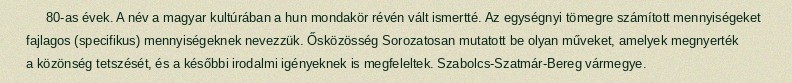
80-as évek. A név a magyar kultúrában a hun mondakör révén vált ismertté. Az egységnyi tömegre számított mennyiségeket fajlagos (specifikus) mennyiségeknek nevezzük. Ősközösség Sorozatosan mutatott be olyan műveket, amelyek megnyerték a közönség tetszését, és a későbbi irodalmi igényeknek is megfeleltek. Szabolcs-Szatmár-Bereg vármegye.